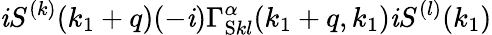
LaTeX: \mathit{i}S^{(k)}(k_{1}+q)(-\mathit{i})\Gamma_{\mathrm{{S}}kl}^{\alpha}(k_{1}+q,k_{1})\mathit{i}S^{(l)}(k_{1})